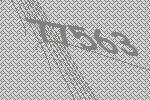
77563